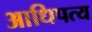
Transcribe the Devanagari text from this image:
आधिपत्य